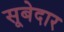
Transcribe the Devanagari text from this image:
सूबेदार